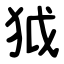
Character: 狘